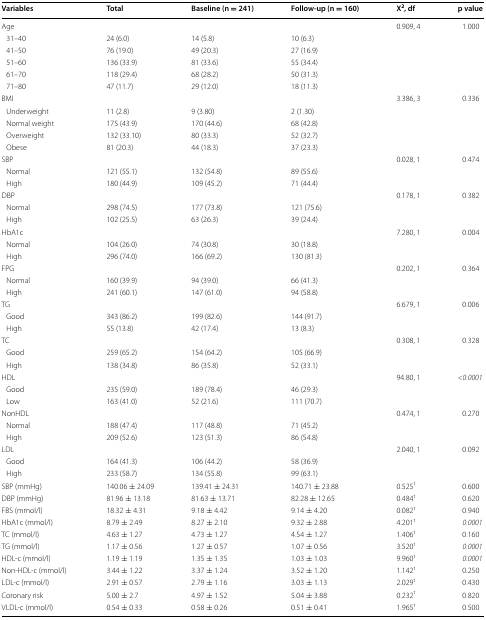
<table><thead><tr><td><b>Variables</b></td><td><b>Total</b></td><td><b>Baseline (n = 241)</b></td><td><b>Follow-up (n = 160)</b></td><td><b>X<sup>2</sup>, df</b></td><td><b>p value</b></td></tr></thead><tbody><tr><td colspan="4">Age</td><td>0.909, 4</td><td>1.000</td></tr><tr><td> 31–40</td><td>24 (6.0)</td><td>14 (5.8)</td><td>10 (6.3)</td><td></td><td></td></tr><tr><td> 41–50</td><td>76 (19.0)</td><td>49 (20.3)</td><td>27 (16.9)</td><td></td><td></td></tr><tr><td> 51–60</td><td>136 (33.9)</td><td>81 (33.6)</td><td>55 (34.4)</td><td></td><td></td></tr><tr><td> 61–70</td><td>118 (29.4)</td><td>68 (28.2)</td><td>50 (31.3)</td><td></td><td></td></tr><tr><td> 71–80</td><td>47 (11.7)</td><td>29 (12.0)</td><td>18 (11.3)</td><td></td><td></td></tr><tr><td colspan="4">BMI</td><td>3.386, 3</td><td>0.336</td></tr><tr><td> Underweight</td><td>11 (2.8)</td><td>9 (3.80)</td><td>2 (1.30)</td><td></td><td></td></tr><tr><td> Normal weight</td><td>175 (43.9)</td><td>170 (44.6)</td><td>68 (42.8)</td><td></td><td></td></tr><tr><td> Overweight</td><td>132 (33.10)</td><td>80 (33.3)</td><td>52 (32.7)</td><td></td><td></td></tr><tr><td> Obese</td><td>81 (20.3)</td><td>44 (18.3)</td><td>37 (23.3)</td><td></td><td></td></tr><tr><td colspan="4">SBP</td><td>0.028, 1</td><td>0.474</td></tr><tr><td> Normal</td><td>121 (55.1)</td><td>132 (54.8)</td><td>89 (55.6)</td><td></td><td></td></tr><tr><td> High</td><td>180 (44.9)</td><td>109 (45.2)</td><td>71 (44.4)</td><td></td><td></td></tr><tr><td colspan="4">DBP</td><td>0.178, 1</td><td>0.382</td></tr><tr><td> Normal</td><td>298 (74.5)</td><td>177 (73.8)</td><td>121 (75.6)</td><td></td><td></td></tr><tr><td> High</td><td>102 (25.5)</td><td>63 (26.3)</td><td>39 (24.4)</td><td></td><td></td></tr><tr><td colspan="4">HbA1c</td><td>7.280, 1</td><td>0.004</td></tr><tr><td> Normal</td><td>104 (26.0)</td><td>74 (30.8)</td><td>30 (18.8)</td><td></td><td></td></tr><tr><td> High</td><td>296 (74.0)</td><td>166 (69.2)</td><td>130 (81.3)</td><td></td><td></td></tr><tr><td colspan="4">FPG</td><td>0.202, 1</td><td>0.364</td></tr><tr><td> Normal</td><td>160 (39.9)</td><td>94 (39.0)</td><td>66 (41.3)</td><td></td><td></td></tr><tr><td> High</td><td>241 (60.1)</td><td>147 (61.0)</td><td>94 (58.8)</td><td></td><td></td></tr><tr><td colspan="4">TG</td><td>6.679, 1</td><td>0.006</td></tr><tr><td> Good</td><td>343 (86.2)</td><td>199 (82.6)</td><td>144 (91.7)</td><td></td><td></td></tr><tr><td> High</td><td>55 (13.8)</td><td>42 (17.4)</td><td>13 (8.3)</td><td></td><td></td></tr><tr><td colspan="4">TC</td><td>0.308, 1</td><td>0.328</td></tr><tr><td> Good</td><td>259 (65.2)</td><td>154 (64.2)</td><td>105 (66.9)</td><td></td><td></td></tr><tr><td> High</td><td>138 (34.8)</td><td>86 (35.8)</td><td>52 (33.1)</td><td></td><td></td></tr><tr><td colspan="4">HDL</td><td>94.80, 1</td><td><i>&lt;0.0001</i></td></tr><tr><td> Good</td><td>235 (59.0)</td><td>189 (78.4)</td><td>46 (29.3)</td><td></td><td></td></tr><tr><td> Low</td><td>163 (41.0)</td><td>52 (21.6)</td><td>111 (70.7)</td><td></td><td></td></tr><tr><td colspan="4">NonHDL</td><td>0.474, 1</td><td>0.270</td></tr><tr><td> Normal</td><td>188 (47.4)</td><td>117 (48.8)</td><td>71 (45.2)</td><td></td><td></td></tr><tr><td> High</td><td>209 (52.6)</td><td>123 (51.3)</td><td>86 (54.8)</td><td></td><td></td></tr><tr><td colspan="4">LDL</td><td>2.040, 1</td><td>0.092</td></tr><tr><td> Good</td><td>164 (41.3)</td><td>106 (44.2)</td><td>58 (36.9)</td><td></td><td></td></tr><tr><td> High</td><td>233 (58.7)</td><td>134 (55.8)</td><td>99 (63.1)</td><td></td><td></td></tr><tr><td>SBP (mmHg)</td><td>140.06 ± 24.09</td><td>139.41 ± 24.31</td><td>140.71 ± 23.88</td><td>0.525<sup>t</sup></td><td>0.600</td></tr><tr><td>DBP (mmHg)</td><td>81.96 ± 13.18</td><td>81.63 ± 13.71</td><td>82.28 ± 12.65</td><td>0.484<sup>t</sup></td><td>0.620</td></tr><tr><td>FBS (mmol/l)</td><td>18.32 ± 4.31</td><td>9.18 ± 4.42</td><td>9.14 ± 4.20</td><td>0.082<sup>t</sup></td><td>0.940</td></tr><tr><td>HbA1c (mmol/l)</td><td>8.79 ± 2.49</td><td>8.27 ± 2.10</td><td>9.32 ± 2.88</td><td>4.201<sup>t</sup></td><td><i>0.0001</i></td></tr><tr><td>TC (mmol/l)</td><td>4.63 ± 1.27</td><td>4.73 ± 1.27</td><td>4.54 ± 1.27</td><td>1.406<sup>t</sup></td><td>0.160</td></tr><tr><td>TG (mmol/l)</td><td>1.17 ± 0.56</td><td>1.27 ± 0.57</td><td>1.07 ± 0.56</td><td>3.520<sup>t</sup></td><td><i>0.0001</i></td></tr><tr><td>HDL-c (mmol/l)</td><td>1.19 ± 1.19</td><td>1.35 ± 1.35</td><td>1.03 ± 1.03</td><td>9.960<sup>t</sup></td><td><i>0.0001</i></td></tr><tr><td>Non-HDL-c (mmol/l)</td><td>3.44 ± 1.22</td><td>3.37 ± 1.24</td><td>3.52 ± 1.20</td><td>1.142<sup>t</sup></td><td>0.250</td></tr><tr><td>LDL-c (mmol/l)</td><td>2.91 ± 0.57</td><td>2.79 ± 1.16</td><td>3.03 ± 1.13</td><td>2.029<sup>t</sup></td><td>0.430</td></tr><tr><td>Coronary risk</td><td>5.00 ± 2.7</td><td>4.97 ± 1.52</td><td>5.04 ± 3.88</td><td>0.232<sup>t</sup></td><td>0.820</td></tr><tr><td>VLDL-c (mmol/l)</td><td>0.54 ± 0.33</td><td>0.58 ± 0.26</td><td>0.51 ± 0.41</td><td>1.965<sup>t</sup></td><td>0.500</td></tr></tbody></table>